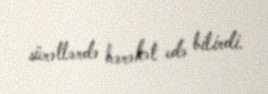
sürətlərdə hərəkət edə bilirdi.